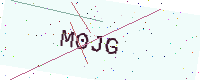
Text: M0JG